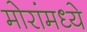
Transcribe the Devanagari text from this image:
मोरांमध्ये